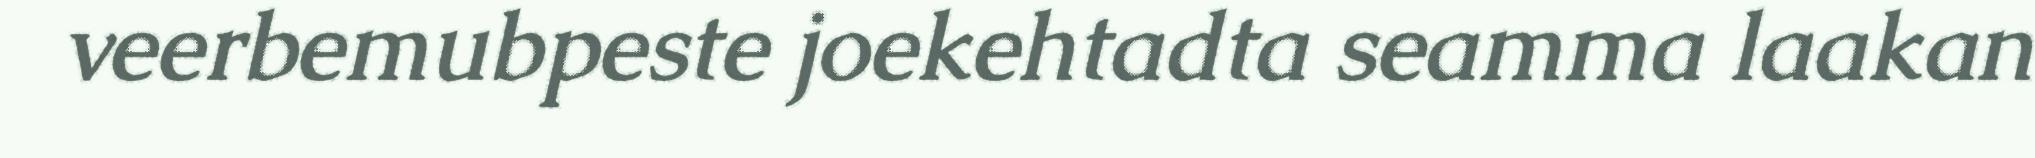
veerbemubpeste joekehtadta seamma laakan